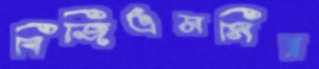
বিজিএমসির